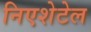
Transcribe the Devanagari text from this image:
निएशेटेल